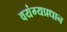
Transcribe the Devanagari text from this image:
वयंग्यप्रधान